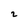
Character: 2